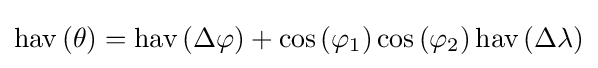
\operatorname {hav} \left(\theta \right)=\operatorname {hav} \left(\Delta \varphi \right)+\cos \left(\varphi _{1}\right)\cos \left(\varphi _{2}\right)\operatorname {hav} \left(\Delta \lambda \right)